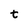
Character: t